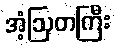
အံ့ဩတကြီး